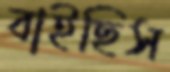
বাইছিস